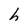
Character: h